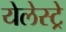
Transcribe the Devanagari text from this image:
येलेस्ट्रे